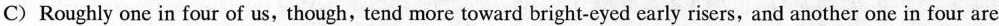
C) Roughly one in four of us, though, tend more toward bright-eyed early risers, and another one in four are